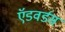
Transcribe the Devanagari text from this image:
ऍडवर्डस